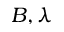
B , \lambda